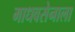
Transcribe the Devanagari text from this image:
माधवसेनाला